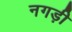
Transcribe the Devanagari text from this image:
नगड़ी